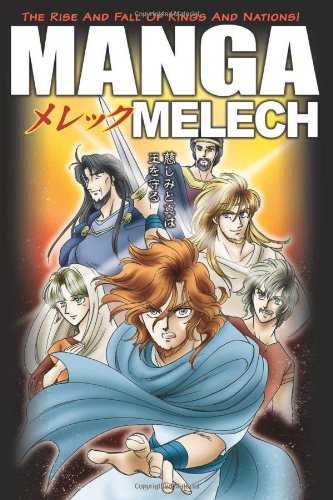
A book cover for Manga Melech; Comics & Graphic Novels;